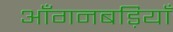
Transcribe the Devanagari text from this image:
आँगनबड़ियाँ